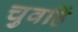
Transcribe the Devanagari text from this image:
चुवहिं